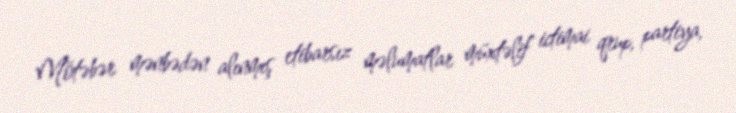
Mötəbər mənbədən alınmış etibarsız məlumatlar müxtəlif ictimai qrup, partiya,